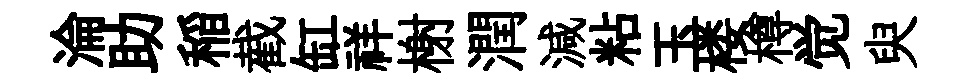
淪助稲截缸祥榭潤減粘玉楼樽觉臾